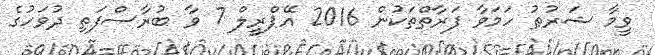
ވީމާ ޝަރުޠު ހަމަވާ ފަރާތްތަކުން 2016 އޭޕްރީލް 7 ވާ ބުރާސްފަތި ދުވަހުގެ